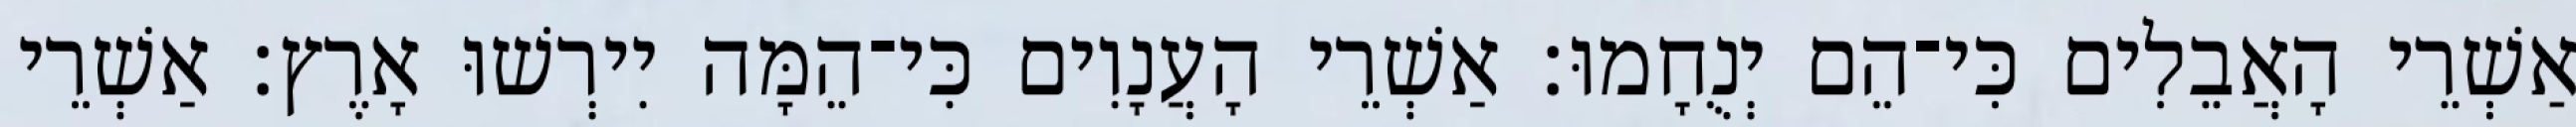
אַשְׁרֵי הָאֲבֵלִים כִּי־הֵם יְנֻחָמוּ׃ אַשְׁרֵי הָעֲנָוִים כִּי־הֵמָּה יִירְשׁוּ אָרֶץ׃ אַשְׁרֵי